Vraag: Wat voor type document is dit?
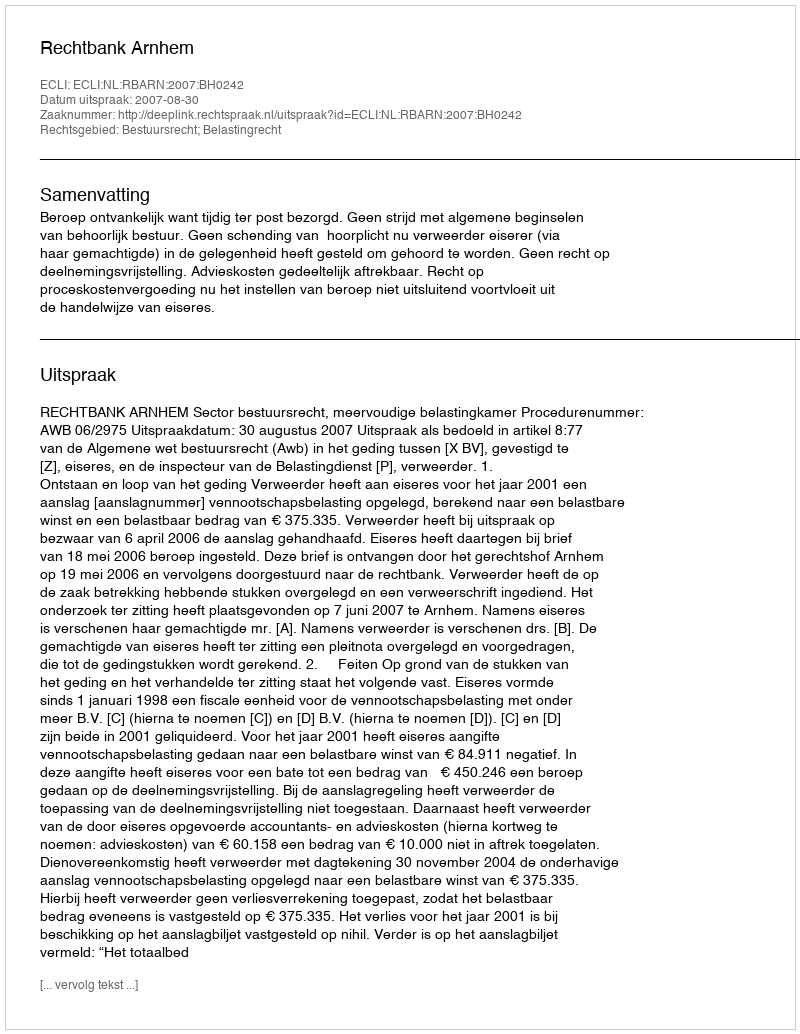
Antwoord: Uitspraak